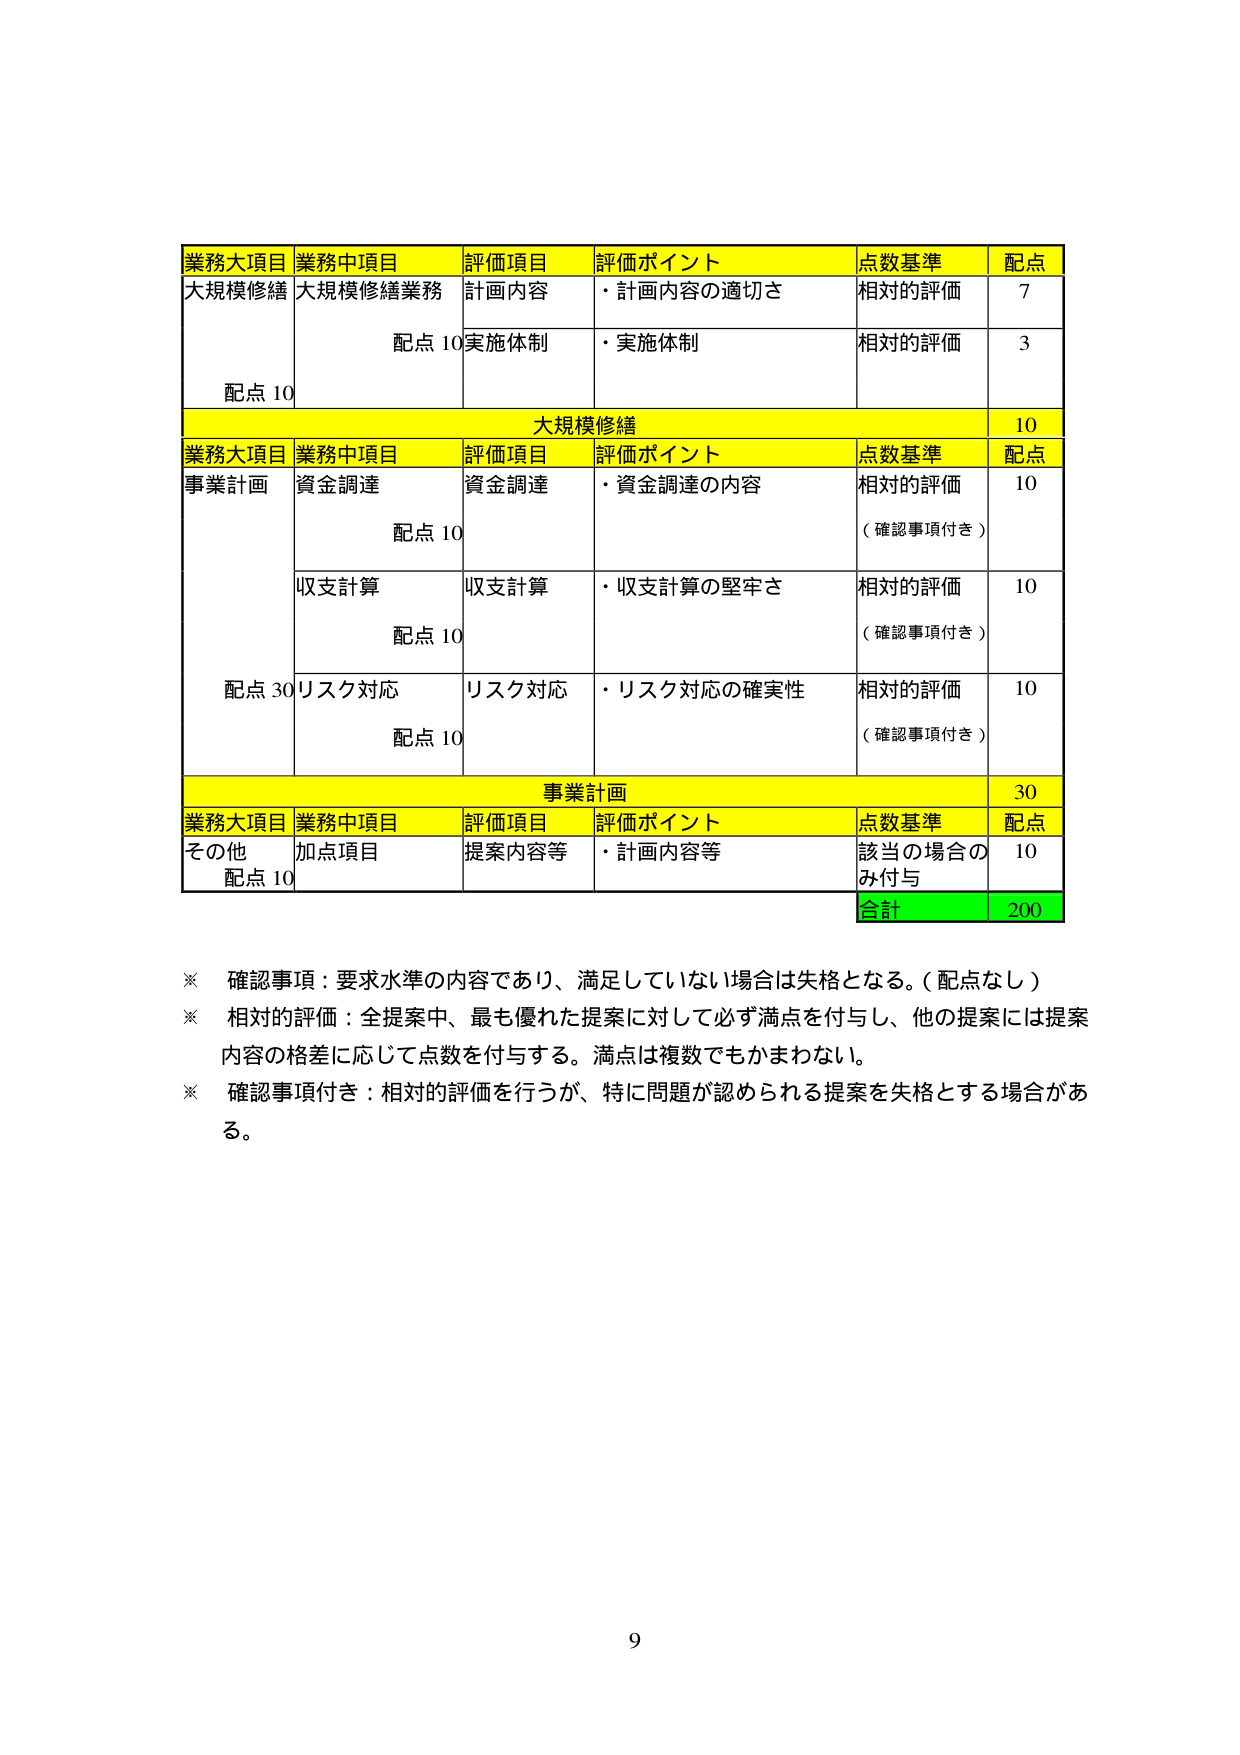
業務大項目 業務中項目 評価項目 評価ポイント 点数基準 配点
大規模修繕 大規模修繕業務 計画内容 ・計画内容の適切さ 相対的評価 7
配点 10 実施体制 ・実施体制 相対的評価 3
配点 10
大規模修繕 10
業務大項目 業務中項目 評価項目 評価ポイント 点数基準 配点
事業計画 資金調達 資金調達 ・資金調達の内容 相対的評価 10
配点 10 （確認事項付き）
収支計算 収支計算 ・収支計算の堅牢さ 相対的評価 10
配点 10 （確認事項付き）
配点 30 リスク対応 リスク対応 ・リスク対応の確実性 相対的評価 10
配点 10 （確認事項付き）
事業計画 30
業務大項目 業務中項目 評価項目 評価ポイント 点数基準 配点
その他 加点項目 提案内容等 ・計画内容等 該当の場合の 10
配点 10 み付与
合計 200
※ 確認事項：要求水準の内容であり、満足していない場合は失格となる。（配点なし）
※ 相対的評価：全提案中、最も優れた提案に対して必ず満点を付与し、他の提案には提案
内容の格差に応じて点数を付与する。満点は複数でもかまわない。
※ 確認事項付き：相対的評価を行うが、特に問題が認められる提案を失格とする場合があ
る。
9